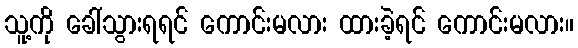
သူ့ကို ခေါ်သွားရရင် ကောင်းမလား ထားခဲ့ရင် ကောင်းမလား။